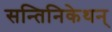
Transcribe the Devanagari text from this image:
सन्तिनिकेथन्